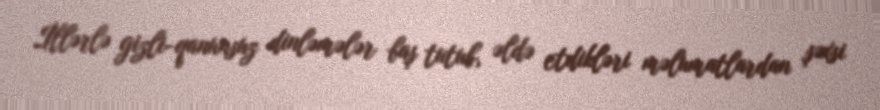
İllərlə gizli-qanunsuz dinləmələr baş tutub, əldə etdikləri məlumatlardan şəxsi